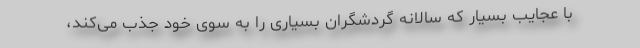
با عجایب بسیار که سالانه گردشگران بسیاری را به سوی خود جذب می‌کند،